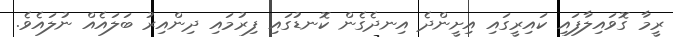
ރީމާ ގޮވައިލާފައި ކައިރީގައި އިށީންދެ އިނދެގެން ކޮނޑުގައި ފިރުމައި ދިންއިރު ބަލައެއް ނުލައެވެ.